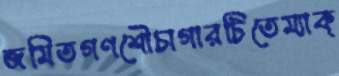
জমিতগণশৌচাগারটিতেম্যাক্